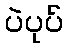
ပဲပုပ်